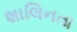
શાલિનતા